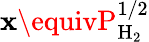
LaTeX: \mathbf{x}\equivP_{\mathrm{{H_{2}}}}^{1/2}